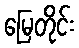
မြေတိုင်း